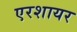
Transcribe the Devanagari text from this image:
एरशायर